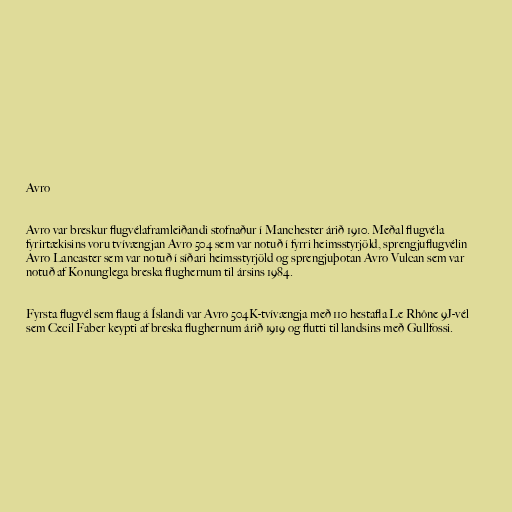
Avro

Avro var breskur flugvélaframleiðandi stofnaður í Manchester árið 1910. Meðal flugvéla
fyrirtækisins voru tvívængjan Avro 504 sem var notuð í fyrri heimsstyrjöld, sprengjuflugvélin
Avro Lancaster sem var notuð í síðari heimsstyrjöld og sprengjuþotan Avro Vulcan sem var
notuð af Konunglega breska flughernum til ársins 1984.

Fyrsta flugvél sem flaug á Íslandi var Avro 504K-tvívængja með 110 hestafla Le Rhône 9J-vél
sem Cecil Faber keypti af breska flughernum árið 1919 og flutti til landsins með Gullfossi.